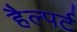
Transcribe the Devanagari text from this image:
हैल्पर्ट